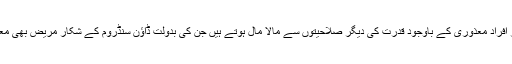
طبی ماہرین کا ماننا ہے کہ ڈاؤن سنڈروم کے شکار افراد معذوری کے باوجود قدرت کی دیگر صلاحیتوں سے مالا مال ہوتے ہیں جن کی بدولت ڈاؤن سنڈروم کے شکار مریض بھی معاشرے میں ایک باعزت زندگی بسر کر سکتے ہیں۔